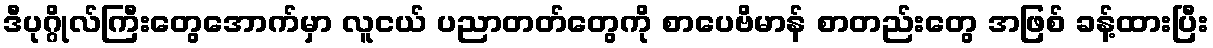
ဒီပုဂ္ဂိုလ်ကြီးတွေအောက်မှာ လူငယ် ပညာတတ်တွေကို စာပေဗိမာန် စာတည်းတွေ အဖြစ် ခန့်ထားပြီး